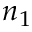
n _ { 1 }